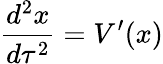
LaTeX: {\frac{d^{2}x}{d\tau^{2}}}=V^{\prime}(x)